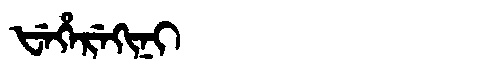
Manchu: ᡶᡝᡥᡝᡵᡝᡴᡳᠨᡳ
Romanization: FEHEREKINI